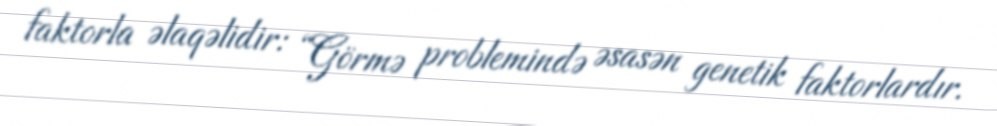
faktorla əlaqəlidir: “Görmə problemində əsasən genetik faktorlardır.